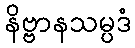
နိဗ္ဗာနသမ္ပဒံ